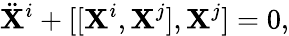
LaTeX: \ddot{\mathbf X}^{i}+[[{\mathbf X}^{i},{\mathbf X}^{j}],{\mathbf X}^{j}]=0,